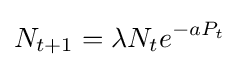
N_{t+1}=\lambda N_{t}e^{-aP_{t}}